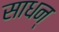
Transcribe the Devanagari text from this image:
साधन्